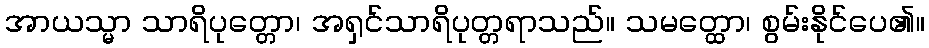
အာယသ္မာ သာရိပုတ္တော၊ အရှင်သာရိပုတ္တရာသည်။ သမတ္ထော၊ စွမ်းနိုင်ပေ၏။